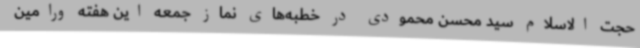
حجت الاسلام سید محسن محمودی در خطبه‌های نماز جمعه این هفته ورامین